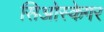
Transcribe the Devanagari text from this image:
सिओस्केगर